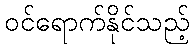
ဝင်ရောက်နိုင်သည့်